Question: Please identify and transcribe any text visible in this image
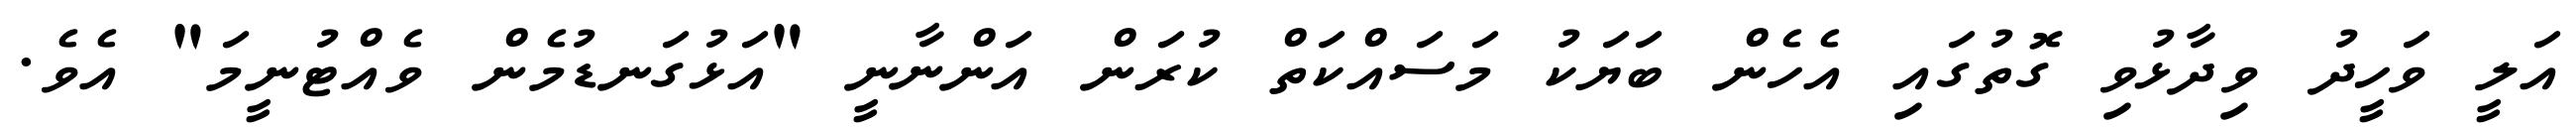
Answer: އަލީ ވަހީދު ވިދާޅުވި ގޮތުގައި އެހެން ބަޔަކު މަސައްކަތް ކުރަން އަންނާނީ "އަޅުގަނޑުމެން ވެއްޓުނީމަ" އެވެ.